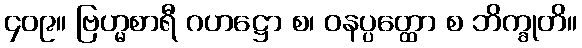
၄၀၉။ ဗြဟ္မစာရီ ဂဟဋ္ဌော စ၊ ဝနပ္ပတ္ထော စ ဘိက္ခုတိ။